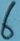
Text: 6